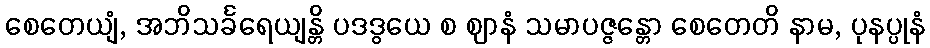
စေတေယျံ, အဘိသင်္ခရေယျန္တိ ပဒဒွယေ စ ဈာနံ သမာပဇ္ဇန္တော စေတေတိ နာမ, ပုနပ္ပုနံ